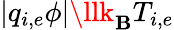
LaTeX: |q_{i,e}\phi|\llk_{\mathbf{B}}T_{i,e}